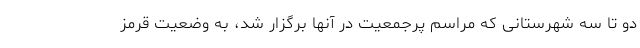
دو تا سه شهرستانی که مراسم پرجمعیت در آنها برگزار شد، به وضعیت قرمز